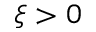
\xi > 0